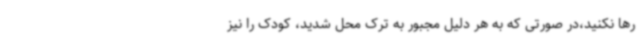
رها نکنید،در صورتی که به هر دلیل مجبور به ترک محل شدید، کودک را نیز